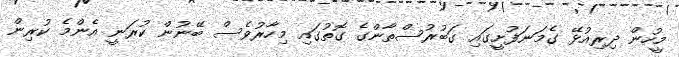
މީހުން ދިރިއުޅޭ ގެމަނަފުށީގައި ގަބުރުސްތާންގެ ގޮތުގައި މިހާރުވެސް ބޭނުން ކުރަނީ އެންމެ ކުރިން